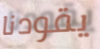
يقودنا